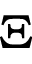
\Xi